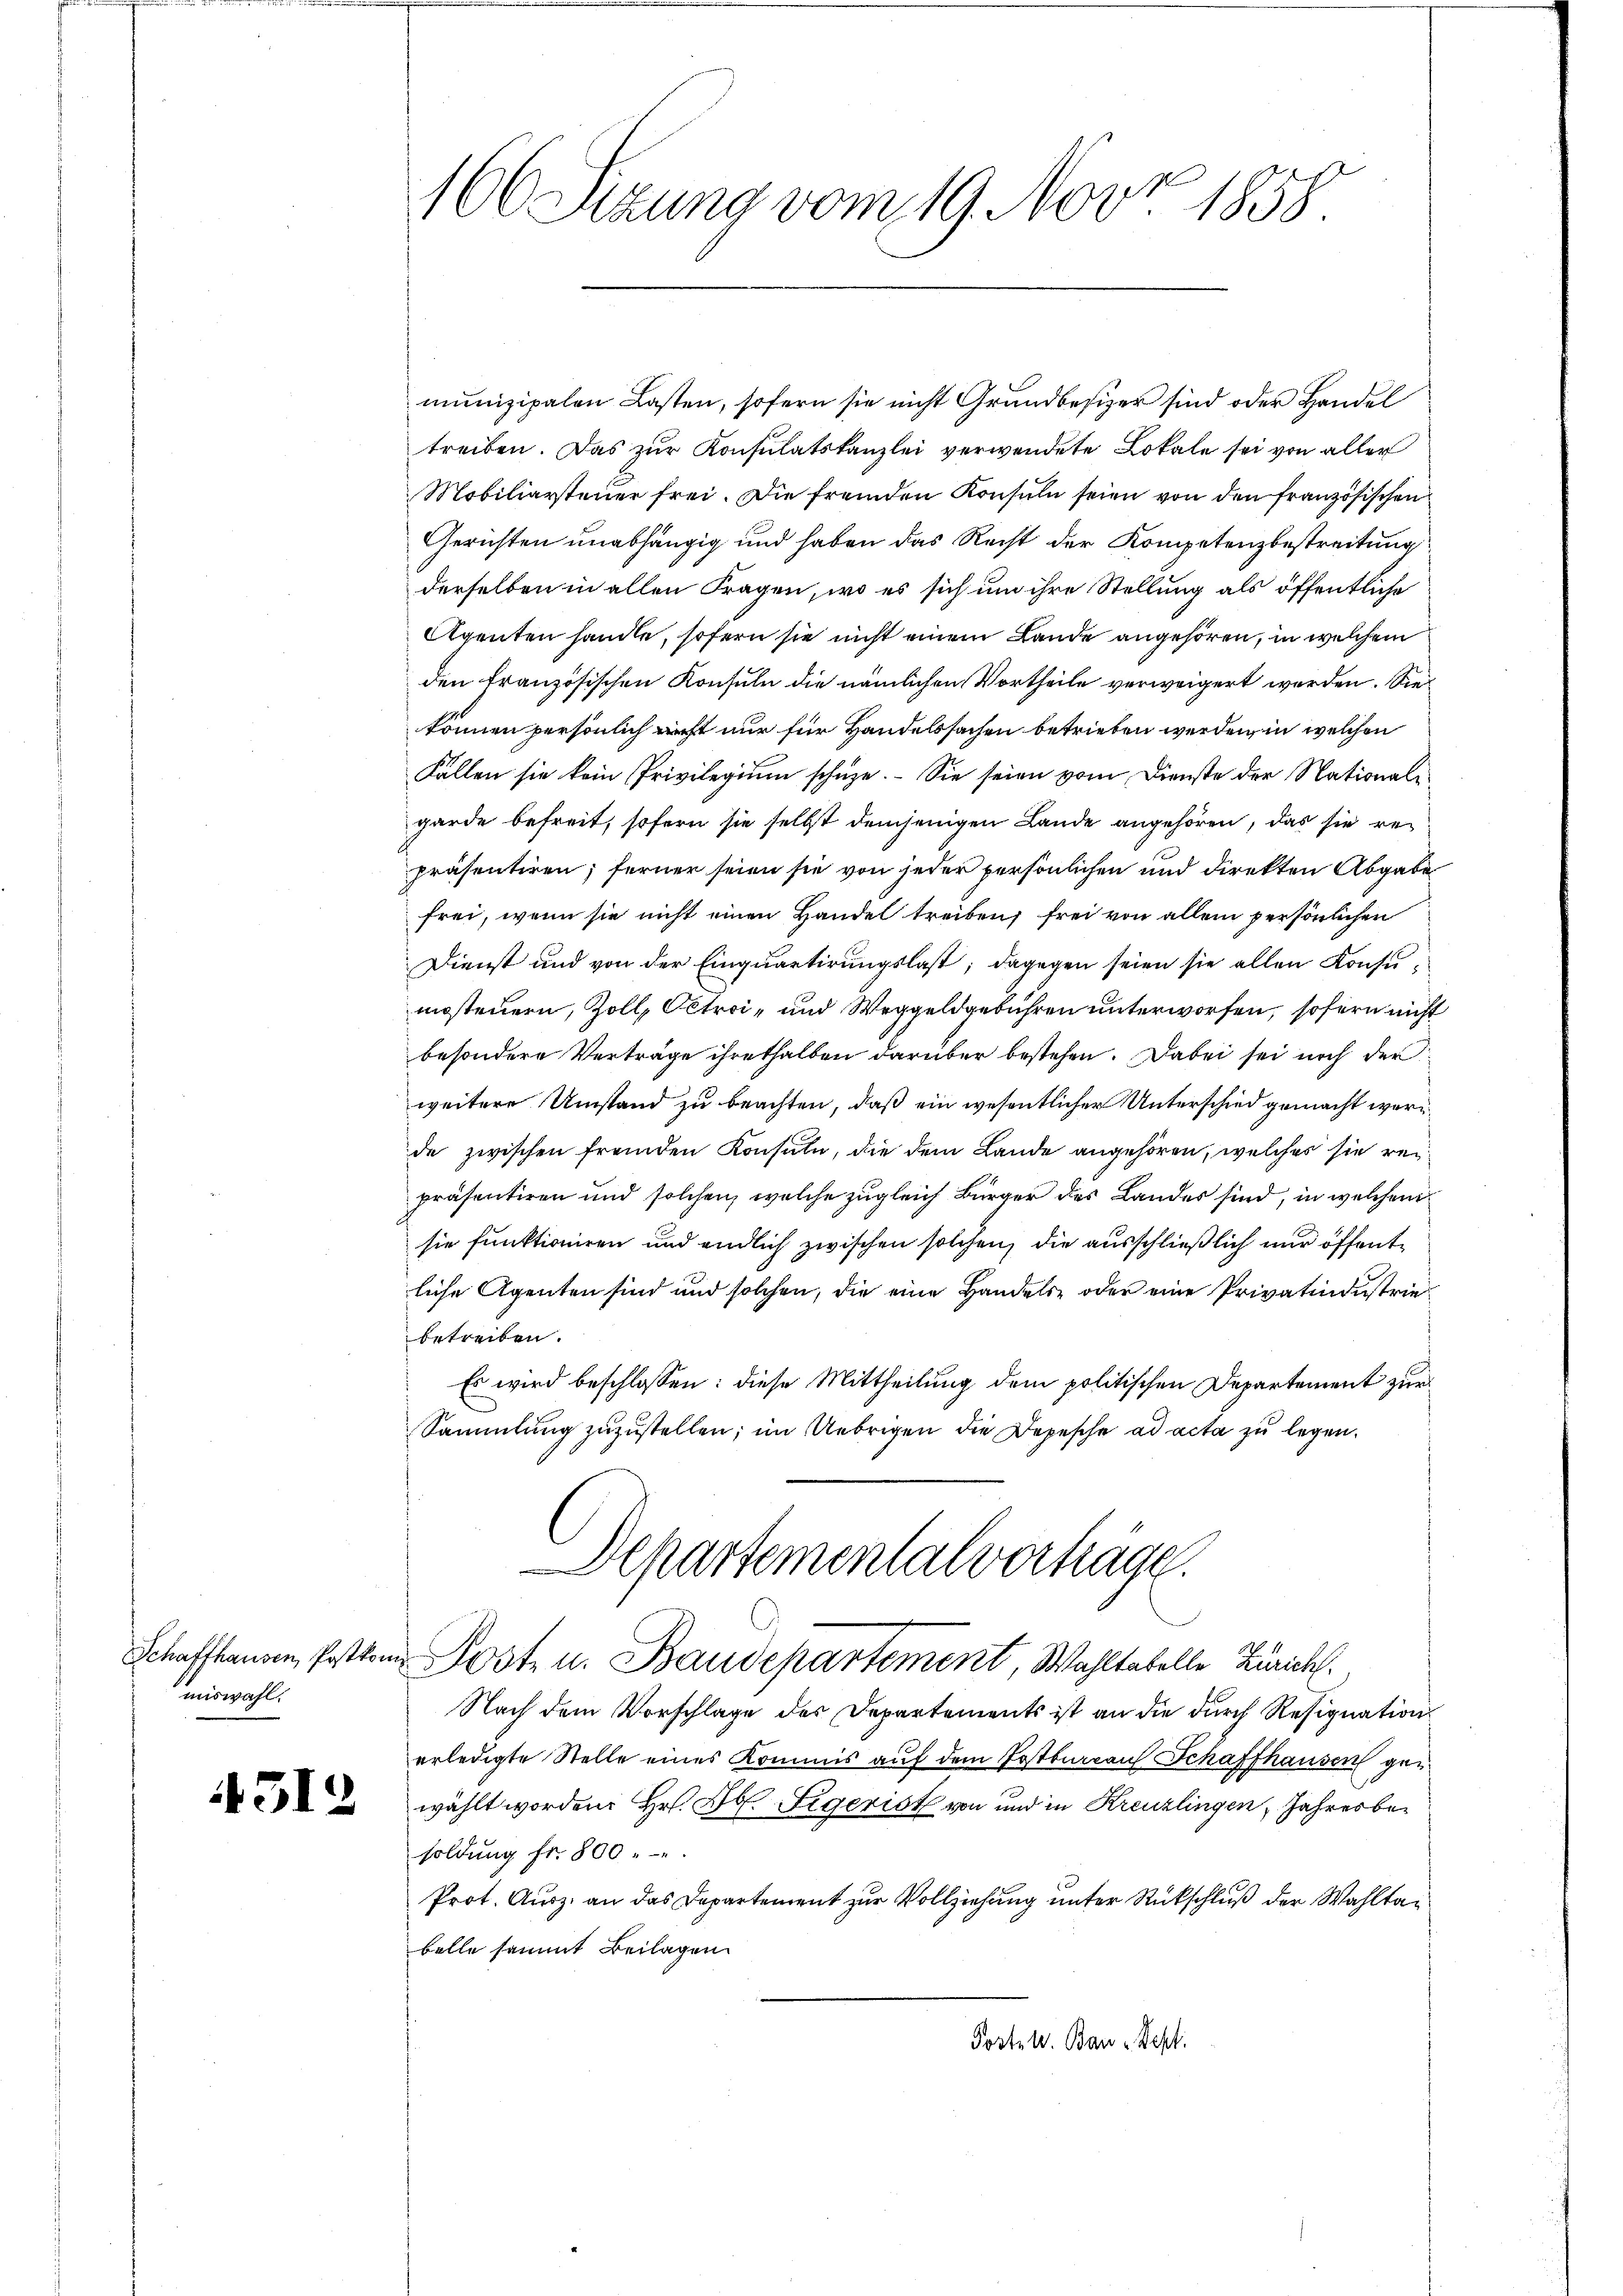
Schafthausen, Postkon.
miswahl.

4512

166 Sizung vom 19. Nov. 1858

munizipalen Lasten, sofern sie nicht Grundbesizer sind oder Handel
treiben. Das zŭr Konsulatskanzlei verwendete Lokale sei von aller
Mobiliarsteuer frei. Die fremden Konsuln seien von den französischen
Gerichten unabhängig und haben das Recht der Kompetenzbestreitung
derselben in allen Fragen, wo es sich um ihre Stellung als öffentliche
Agenten handle, sofern sie nicht einem Lande angehören, in welchem
den Französischen Konsuln die nämlichen Vortheile verweigert werden. Sie
können persönlich nicht nur für Handelssachen betrieben werden, in welchen
Fällen sie kein Privilegium schüze. Sie seien vom Dienste der Nationale
garde befreit, sofern sie selbst demjenigen Lande angehören, das sie repräsentiren; ferner seien sie von jeder persönlichen und direkten Abgabe
frei, wenn sie nicht einen Handel treiben, frei von allem persönlichen
Dienst und von der Einquartirungslast; dagegen seien sie allen Konsumesteuern, Zoll, Oetrei- und Weggeldgebühren unterworfen, sofern nicht
besondere Verträge ihreshalben darüber bestehen. Dabei sei noch der
weitere Umstand zu beachten, daß ein wesentlicher Unterschied gemacht werde zwischen fremden Konsuln, die dem Lande angehören, welches sie repräsentiren und solchen, welche zugleich Bürger des Landes sind, in welchen
sie funktioniren und endlich zwischen solchen, die ausschließlich nur öffentliche Agenten sind und solchen, die eine Handels- oder eine Privatindustriebetreiben.
Es wird beschlossen: diese Mittheilung dem politischen Departement zur
Sammlung zuzustellen; im Uebrigen die Depesche ad acta zu legen.
Departementalverhäge.
Posten. Baudepartement, Wahltabelle Zürich.
Nach dem Vorschlage des Departements ist an die durch Resignation
erledigte Stelle eines Kommis auf dem Postbureau Schaffhausen gewählt worden. Hr. Ob Sigrist von und in Kreuzlingen, Jahresbesoldung fr. 800 " "
Prot. Ausz. an das Departement zur Vollziehung unter Rückschluß der Wahltag
belle sammt Beilagen
Postet. Bau - Sept.